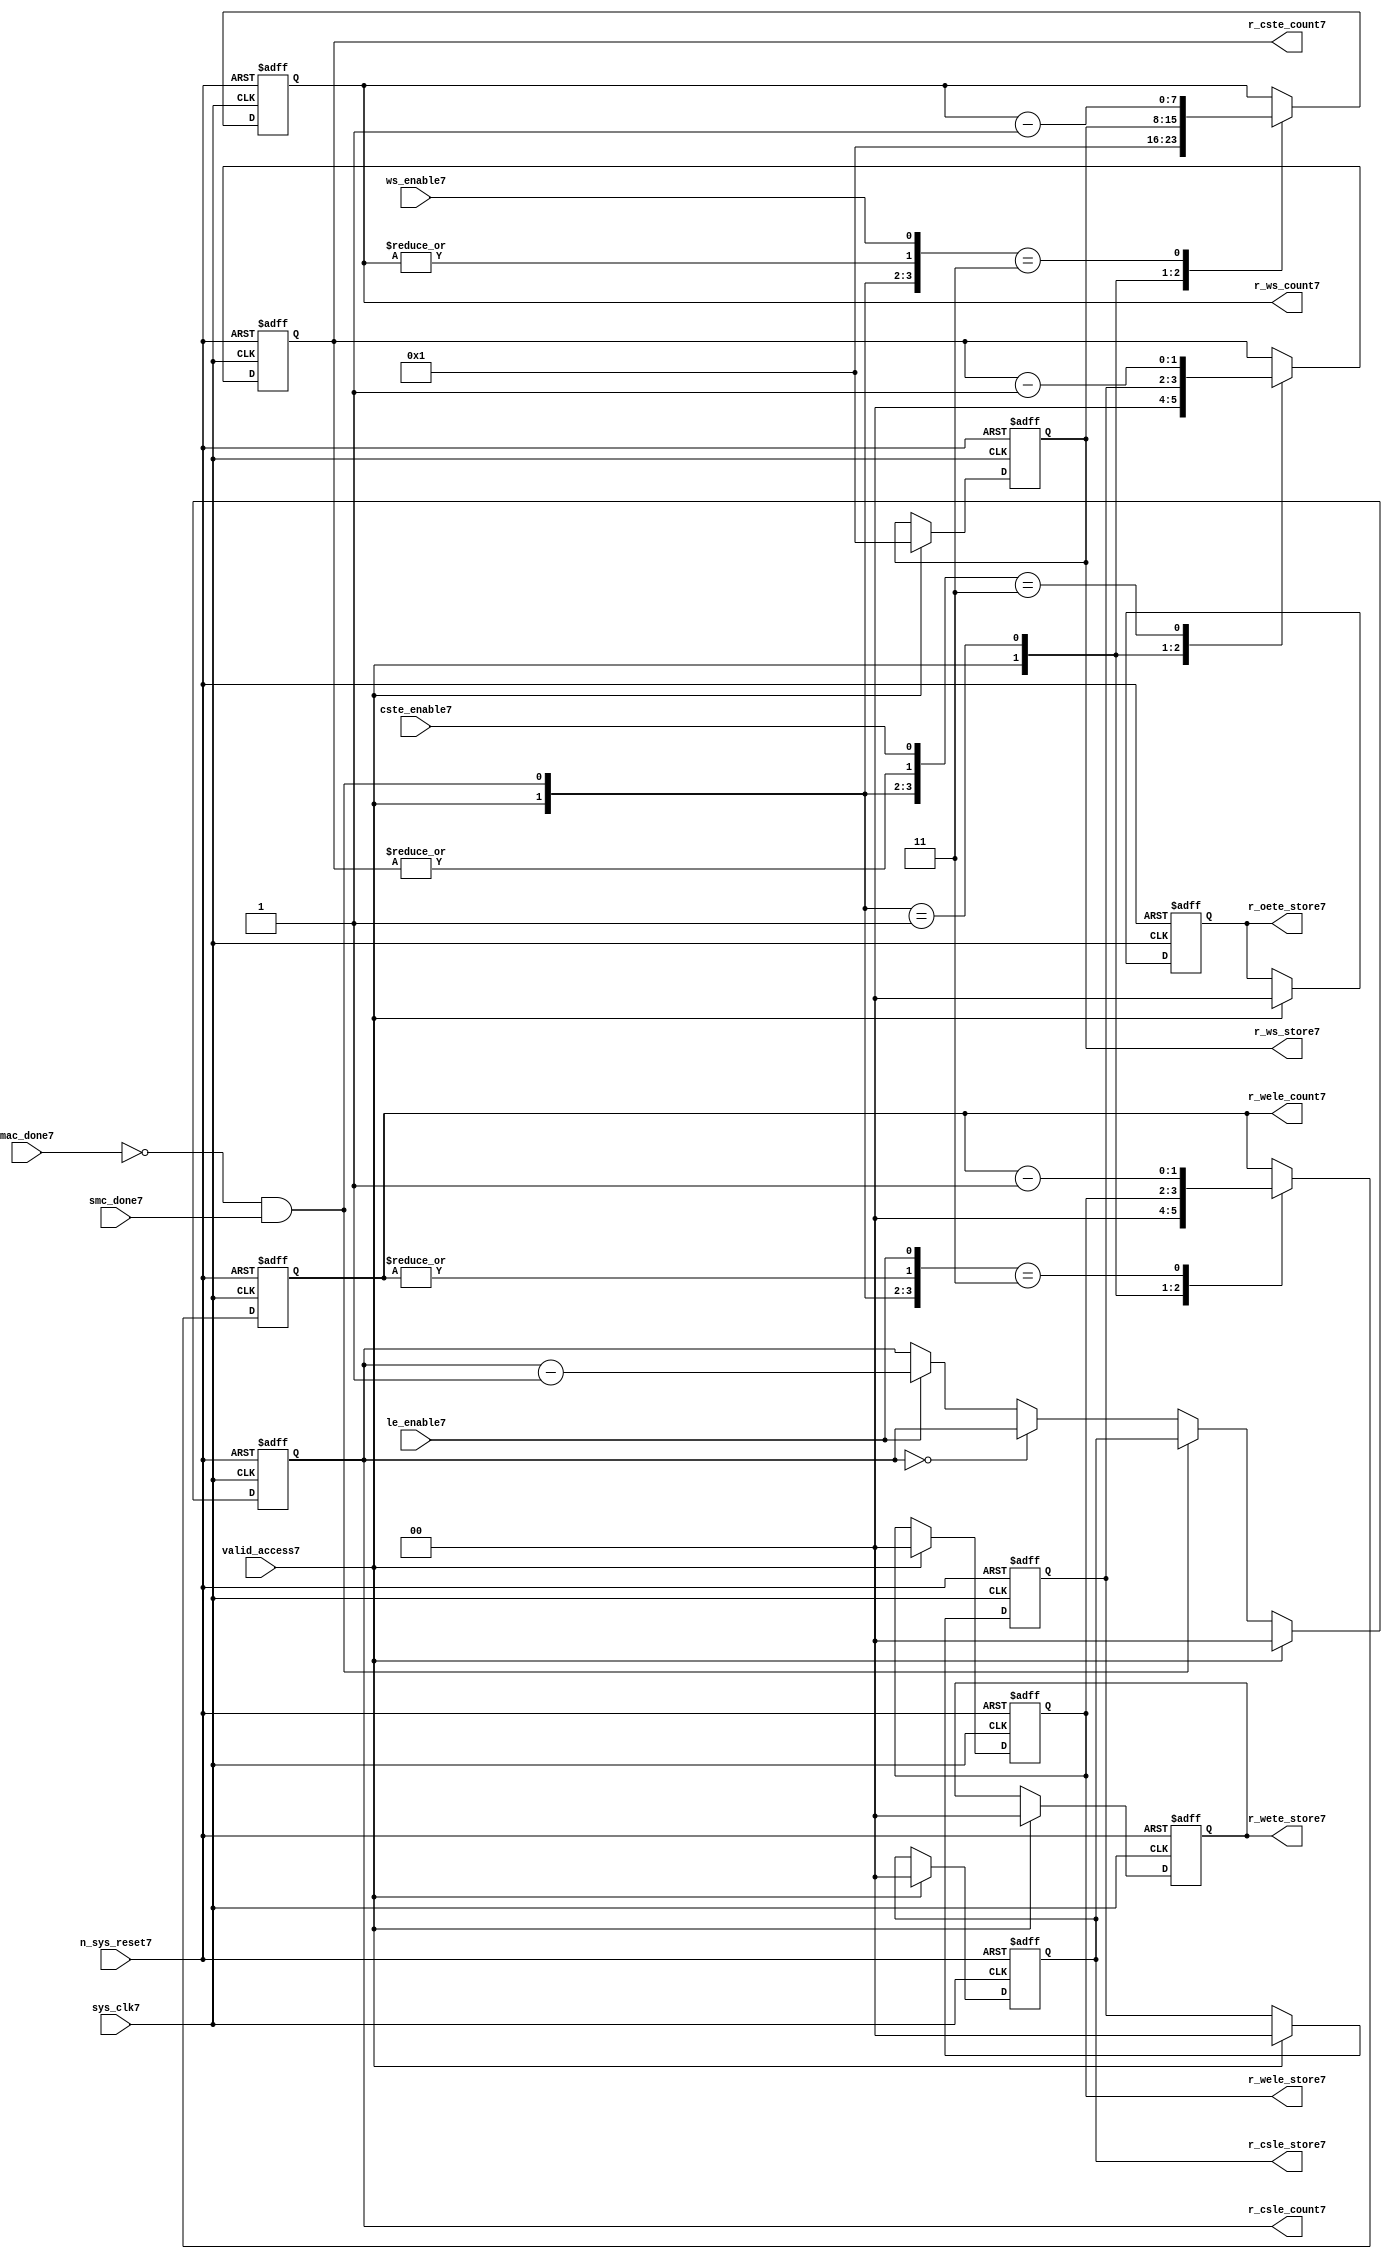
//File7 name   : smc_counter_lite7.v
//Title7       : 
//Created7     : 1999
//Description7 : Counter7 block.
//            : Static7 Memory Controller7.
//            : The counter block provides7 generates7 all cycle timings7
//            : The leading7 edge counts7 are individual7 2bit, loadable7,
//            : counters7. The wait state counter is a count down
//            : counter with a maximum size of 5 bits. The trailing7
//            : edge counts7 are registered for comparison7 with the
//            : wait state counter. The bus float7 (CSTE7) is a
//            : separate7 2bit counter. The initial count values are
//            : stored7 and reloaded7 into the counters7 if multiple
//            : accesses are required7.
//Notes7       : 
//----------------------------------------------------------------------
//   Copyright7 1999-2010 Cadence7 Design7 Systems7, Inc7.
//   All Rights7 Reserved7 Worldwide7
//
//   Licensed7 under the Apache7 License7, Version7 2.0 (the
//   "License7"); you may not use this file except7 in
//   compliance7 with the License7.  You may obtain7 a copy of
//   the License7 at
//
//       http7://www7.apache7.org7/licenses7/LICENSE7-2.0
//
//   Unless7 required7 by applicable7 law7 or agreed7 to in
//   writing, software7 distributed7 under the License7 is
//   distributed7 on an "AS7 IS7" BASIS7, WITHOUT7 WARRANTIES7 OR7
//   CONDITIONS7 OF7 ANY7 KIND7, either7 express7 or implied7.  See
//   the License7 for the specific7 language7 governing7
//   permissions7 and limitations7 under the License7.
//----------------------------------------------------------------------


module smc_counter_lite7  (
                     //inputs7

                     sys_clk7,
                     n_sys_reset7,
                     valid_access7,
                     mac_done7, 
                     smc_done7, 
                     cste_enable7, 
                     ws_enable7,
                     le_enable7, 

                     //outputs7

                     r_csle_count7,
                     r_wele_count7,
                     r_ws_count7,
                     r_ws_store7,
                     r_oete_store7,
                     r_wete_store7,
                     r_wele_store7,
                     r_cste_count7,
                     r_csle_store7);
   

//----------------------------------------------------------------------
// the Wait7 State7 Counter7
//----------------------------------------------------------------------
   
   
   // I7/O7
   
   input     sys_clk7;                  // AHB7 System7 clock7
   input     n_sys_reset7;              // AHB7 System7 reset (Active7 LOW7)
   
   input     valid_access7;             // load7 values are valid if high7
   input     mac_done7;                 // All cycles7 in a multiple access

   //  completed
   
   input                 smc_done7;   // one access completed
   input                 cste_enable7;// Enable7 CS7 Trailing7 Edge7 counter
   input                 ws_enable7;  // Enable7 Wait7 State7 counter
   input                 le_enable7;  // Enable7 all Leading7 Edge7 counters7
   
   // Counter7 outputs7
   
   output [1:0]             r_csle_count7;  //chip7 select7 leading7
                                             //  edge count
   output [1:0]             r_wele_count7;  //write strobe7 leading7 
                                             // edge count
   output [7:0] r_ws_count7;    //wait state count
   output [1:0]             r_cste_count7;  //chip7 select7 trailing7 
                                             // edge count
   
   // Stored7 counts7 for MAC7
   
   output [1:0]             r_oete_store7;  //read strobe7
   output [1:0]             r_wete_store7;  //write strobe7 trailing7 
                                              // edge store7
   output [7:0] r_ws_store7;    //wait state store7
   output [1:0]             r_wele_store7;  //write strobe7 leading7
                                             //  edge store7
   output [1:0]             r_csle_store7;  //chip7 select7  leading7
                                             //  edge store7
   
   
   // Counters7
   
   reg [1:0]             r_csle_count7;  // Chip7 select7 LE7 counter
   reg [1:0]             r_wele_count7;  // Write counter
   reg [7:0] r_ws_count7;    // Wait7 state select7 counter
   reg [1:0]             r_cste_count7;  // Chip7 select7 TE7 counter
   
   
   // These7 strobes7 finish early7 so no counter is required7. 
   // The stored7 value is compared with WS7 counter to determine7 
   // when the strobe7 should end.

   reg [1:0]    r_wete_store7;    // Write strobe7 TE7 end time before CS7
   reg [1:0]    r_oete_store7;    // Read strobe7 TE7 end time before CS7
   
   
   // The following7 four7 regisrers7 are used to store7 the configuration
   // during mulitple7 accesses. The counters7 are reloaded7 from these7
   // registers before each cycle.
   
   reg [1:0]             r_csle_store7;    // Chip7 select7 LE7 store7
   reg [1:0]             r_wele_store7;    // Write strobe7 LE7 store7
   reg [7:0] r_ws_store7;      // Wait7 state store7
   reg [1:0]             r_cste_store7;    // Chip7 Select7 TE7 delay
                                          //  (Bus7 float7 time)

   // wires7 used for meeting7 coding7 standards7
   
   wire         ws_count7;      //ORed7 r_ws_count7
   wire         wele_count7;    //ORed7 r_wele_count7
   wire         cste_count7;    //ORed7 r_cste_count7
   wire         mac_smc_done7;  //ANDed7 smc_done7 and not(mac_done7)
   wire [4:0]   case_cste7;     //concatenated7 signals7 for case statement7
   wire [4:0]   case_wele7;     //concatenated7 signals7 for case statement7
   wire [4:0]   case_ws7;       //concatenated7 signals7 for case statement7
   
   
   
   // Main7 Code7
   
//----------------------------------------------------------------------
// Counters7 (& Count7 Store7 for MAC7)
//----------------------------------------------------------------------


//----------------------------------------------------------------------
// WETE7 Store7
//----------------------------------------------------------------------

always @(posedge sys_clk7 or negedge n_sys_reset7)

begin   

   if (~(n_sys_reset7))
     
      r_wete_store7 <= 2'b00;
   
   
   else if (valid_access7)
     
      r_wete_store7 <= 2'b0;
   
   else
     
      r_wete_store7 <= r_wete_store7;

end
   
//----------------------------------------------------------------------
// OETE7 Store7
//----------------------------------------------------------------------

always @(posedge sys_clk7 or negedge n_sys_reset7)

begin   

   if (~(n_sys_reset7))
     
      r_oete_store7 <= 2'b00;
   
   
   else if (valid_access7)
     
      r_oete_store7 <= 2'b0;
   
   else

      r_oete_store7 <= r_oete_store7;

end
   
//----------------------------------------------------------------------
// CSLE7 Store7
//----------------------------------------------------------------------

always @(posedge sys_clk7 or negedge n_sys_reset7)

begin   

   if (~(n_sys_reset7))
     
      r_csle_store7 <= 2'b00;
   
   
   else if (valid_access7)
     
      r_csle_store7 <= 2'b00;
   
   else
     
      r_csle_store7 <= r_csle_store7;

end
   
//----------------------------------------------------------------------
// CSLE7 Counter7
//----------------------------------------------------------------------

always @(posedge sys_clk7 or negedge n_sys_reset7)

begin   

   if (~(n_sys_reset7))
     
      r_csle_count7 <= 2'b00;
   
   
   else
   begin
        
      if (valid_access7)
        
         r_csle_count7 <= 2'b00;
      
      else if (~(mac_done7) & smc_done7)
        
         r_csle_count7 <= r_csle_store7;
      
      else if (r_csle_count7 == 2'b00)
        
         r_csle_count7 <= r_csle_count7;
      
      else if (le_enable7)               
        
         r_csle_count7 <= r_csle_count7 - 2'd1;
      
      else
        
          r_csle_count7 <= r_csle_count7;
      
     end

end
   
   
//----------------------------------------------------------------------
// CSTE7 Store7
//----------------------------------------------------------------------

always @(posedge sys_clk7 or negedge n_sys_reset7)

begin   

   if (~(n_sys_reset7))

      r_cste_store7 <= 2'b00;

   else if (valid_access7)

      r_cste_store7 <= 2'b0;

   else

      r_cste_store7 <= r_cste_store7;

end
   
   
   
//----------------------------------------------------------------------
//concatenation7 of signals7 to avoid using nested7 ifs7
//----------------------------------------------------------------------

 assign mac_smc_done7 = (~(mac_done7) & smc_done7);
 assign cste_count7   = (|r_cste_count7);           //checks7 for count = 0
 assign case_cste7   = {1'b0,valid_access7,mac_smc_done7,cste_count7,
                       cste_enable7};
   
//----------------------------------------------------------------------
//CSTE7 COUNTER7
//----------------------------------------------------------------------

always @(posedge sys_clk7 or negedge n_sys_reset7)

begin   

   if (~(n_sys_reset7))

      r_cste_count7 <= 2'b00;

   else 
   begin
      casex(case_cste7)
           
        5'b1xxxx:        r_cste_count7 <= r_cste_count7;

        5'b01xxx:        r_cste_count7 <= 2'b0;

        5'b001xx:        r_cste_count7 <= r_cste_store7;

        5'b0000x:        r_cste_count7 <= r_cste_count7;

        5'b00011:        r_cste_count7 <= r_cste_count7 - 2'd1;

        default :        r_cste_count7 <= r_cste_count7;

      endcase // casex(w_cste_case7)
      
   end
   
end

//----------------------------------------------------------------------
// WELE7 Store7
//----------------------------------------------------------------------

always @(posedge sys_clk7 or negedge n_sys_reset7)

begin   

   if (~(n_sys_reset7))

      r_wele_store7 <= 2'b00;


   else if (valid_access7)

      r_wele_store7 <= 2'b00;

   else

      r_wele_store7 <= r_wele_store7;

end
   
   
   
//----------------------------------------------------------------------
//concatenation7 of signals7 to avoid using nested7 ifs7
//----------------------------------------------------------------------
   
   assign wele_count7   = (|r_wele_count7);         //checks7 for count = 0
   assign case_wele7   = {1'b0,valid_access7,mac_smc_done7,wele_count7,
                         le_enable7};
   
//----------------------------------------------------------------------
// WELE7 Counter7
//----------------------------------------------------------------------

always @(posedge sys_clk7 or negedge n_sys_reset7)

begin   
   if (~(n_sys_reset7))

      r_wele_count7 <= 2'b00;

   else
   begin

      casex(case_wele7)

        5'b1xxxx :  r_wele_count7 <= r_wele_count7;

        5'b01xxx :  r_wele_count7 <= 2'b00;

        5'b001xx :  r_wele_count7 <= r_wele_store7;

        5'b0000x :  r_wele_count7 <= r_wele_count7;

        5'b00011 :  r_wele_count7 <= r_wele_count7 - (2'd1);

        default  :  r_wele_count7 <= r_wele_count7;

      endcase // casex(case_wele7)

   end

end
   
//----------------------------------------------------------------------
// WS7 Store7
//----------------------------------------------------------------------

always @(posedge sys_clk7 or negedge n_sys_reset7)
  
begin   

   if (~(n_sys_reset7))

      r_ws_store7 <= 8'd0;


   else if (valid_access7)

      r_ws_store7 <= 8'h01;

   else

      r_ws_store7 <= r_ws_store7;

end
   
   
   
//----------------------------------------------------------------------
//concatenation7 of signals7 to avoid using nested7 ifs7
//----------------------------------------------------------------------
   
   assign ws_count7   = (|r_ws_count7); //checks7 for count = 0
   assign case_ws7   = {1'b0,valid_access7,mac_smc_done7,ws_count7,
                       ws_enable7};
   
//----------------------------------------------------------------------
// WS7 Counter7
//----------------------------------------------------------------------

always @(posedge sys_clk7 or negedge n_sys_reset7)

begin   

   if (~(n_sys_reset7))

      r_ws_count7 <= 8'd0;

   else  
   begin
   
      casex(case_ws7)
 
         5'b1xxxx :  
            r_ws_count7 <= r_ws_count7;
        
         5'b01xxx :
            r_ws_count7 <= 8'h01;
        
         5'b001xx :  
            r_ws_count7 <= r_ws_store7;
        
         5'b0000x :  
            r_ws_count7 <= r_ws_count7;
        
         5'b00011 :  
            r_ws_count7 <= r_ws_count7 - 8'd1;
        
         default  :  
            r_ws_count7 <= r_ws_count7;

      endcase // casex(case_ws7)
      
   end
   
end  
   
   
endmodule